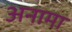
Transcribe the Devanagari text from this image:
अनामा